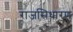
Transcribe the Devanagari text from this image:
राजसिधारण